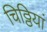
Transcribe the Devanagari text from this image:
चिठ्ठियां